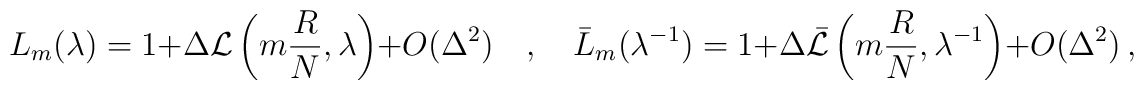
L_{m}(\lambda)=1+\Delta {\cal  L}\left (m\frac {R}{N},\lambda\right) +O(\Delta ^2) \quad, \quad\bar L_{m}(\lambda ^{-1})=1+\Delta \bar {\cal L}\left (m\frac {R}{N},\lambda ^{-1}\right)+O(\Delta ^2) \, ,